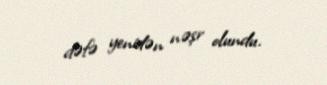
dəfə yenidən nəşr olundu.